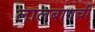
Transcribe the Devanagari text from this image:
लालबागची